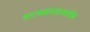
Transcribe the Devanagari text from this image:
करणकमलमार्तंड